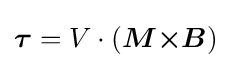
{\boldsymbol {\tau }}=V\cdot ({\boldsymbol {M}}{\boldsymbol {\times }}{\boldsymbol {B}})